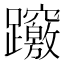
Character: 𨇶